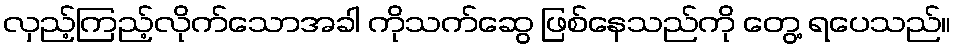
လှည့်ကြည့်လိုက်သောအခါ ကိုသက်ဆွေ ဖြစ်နေသည်ကို တွေ့ ရပေသည်။